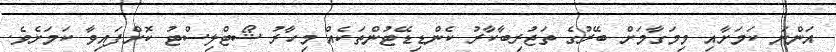
އަންނަ ކަމަށާއި މިމަގާމަށް ބޭރުގެ ތަޖުރިބާކާރު ކެންޑިޑޭޓުންތަކެއް މިހާރު ޝޯޓްލިސްޓު ކޮށްފައިވާ ކަމަށެވެ.